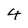
Character: 4